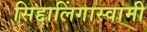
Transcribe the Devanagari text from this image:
सिद्दालिंगास्वामी